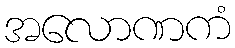
အလောဏကံ